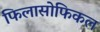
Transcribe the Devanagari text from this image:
फिलासोफिकल